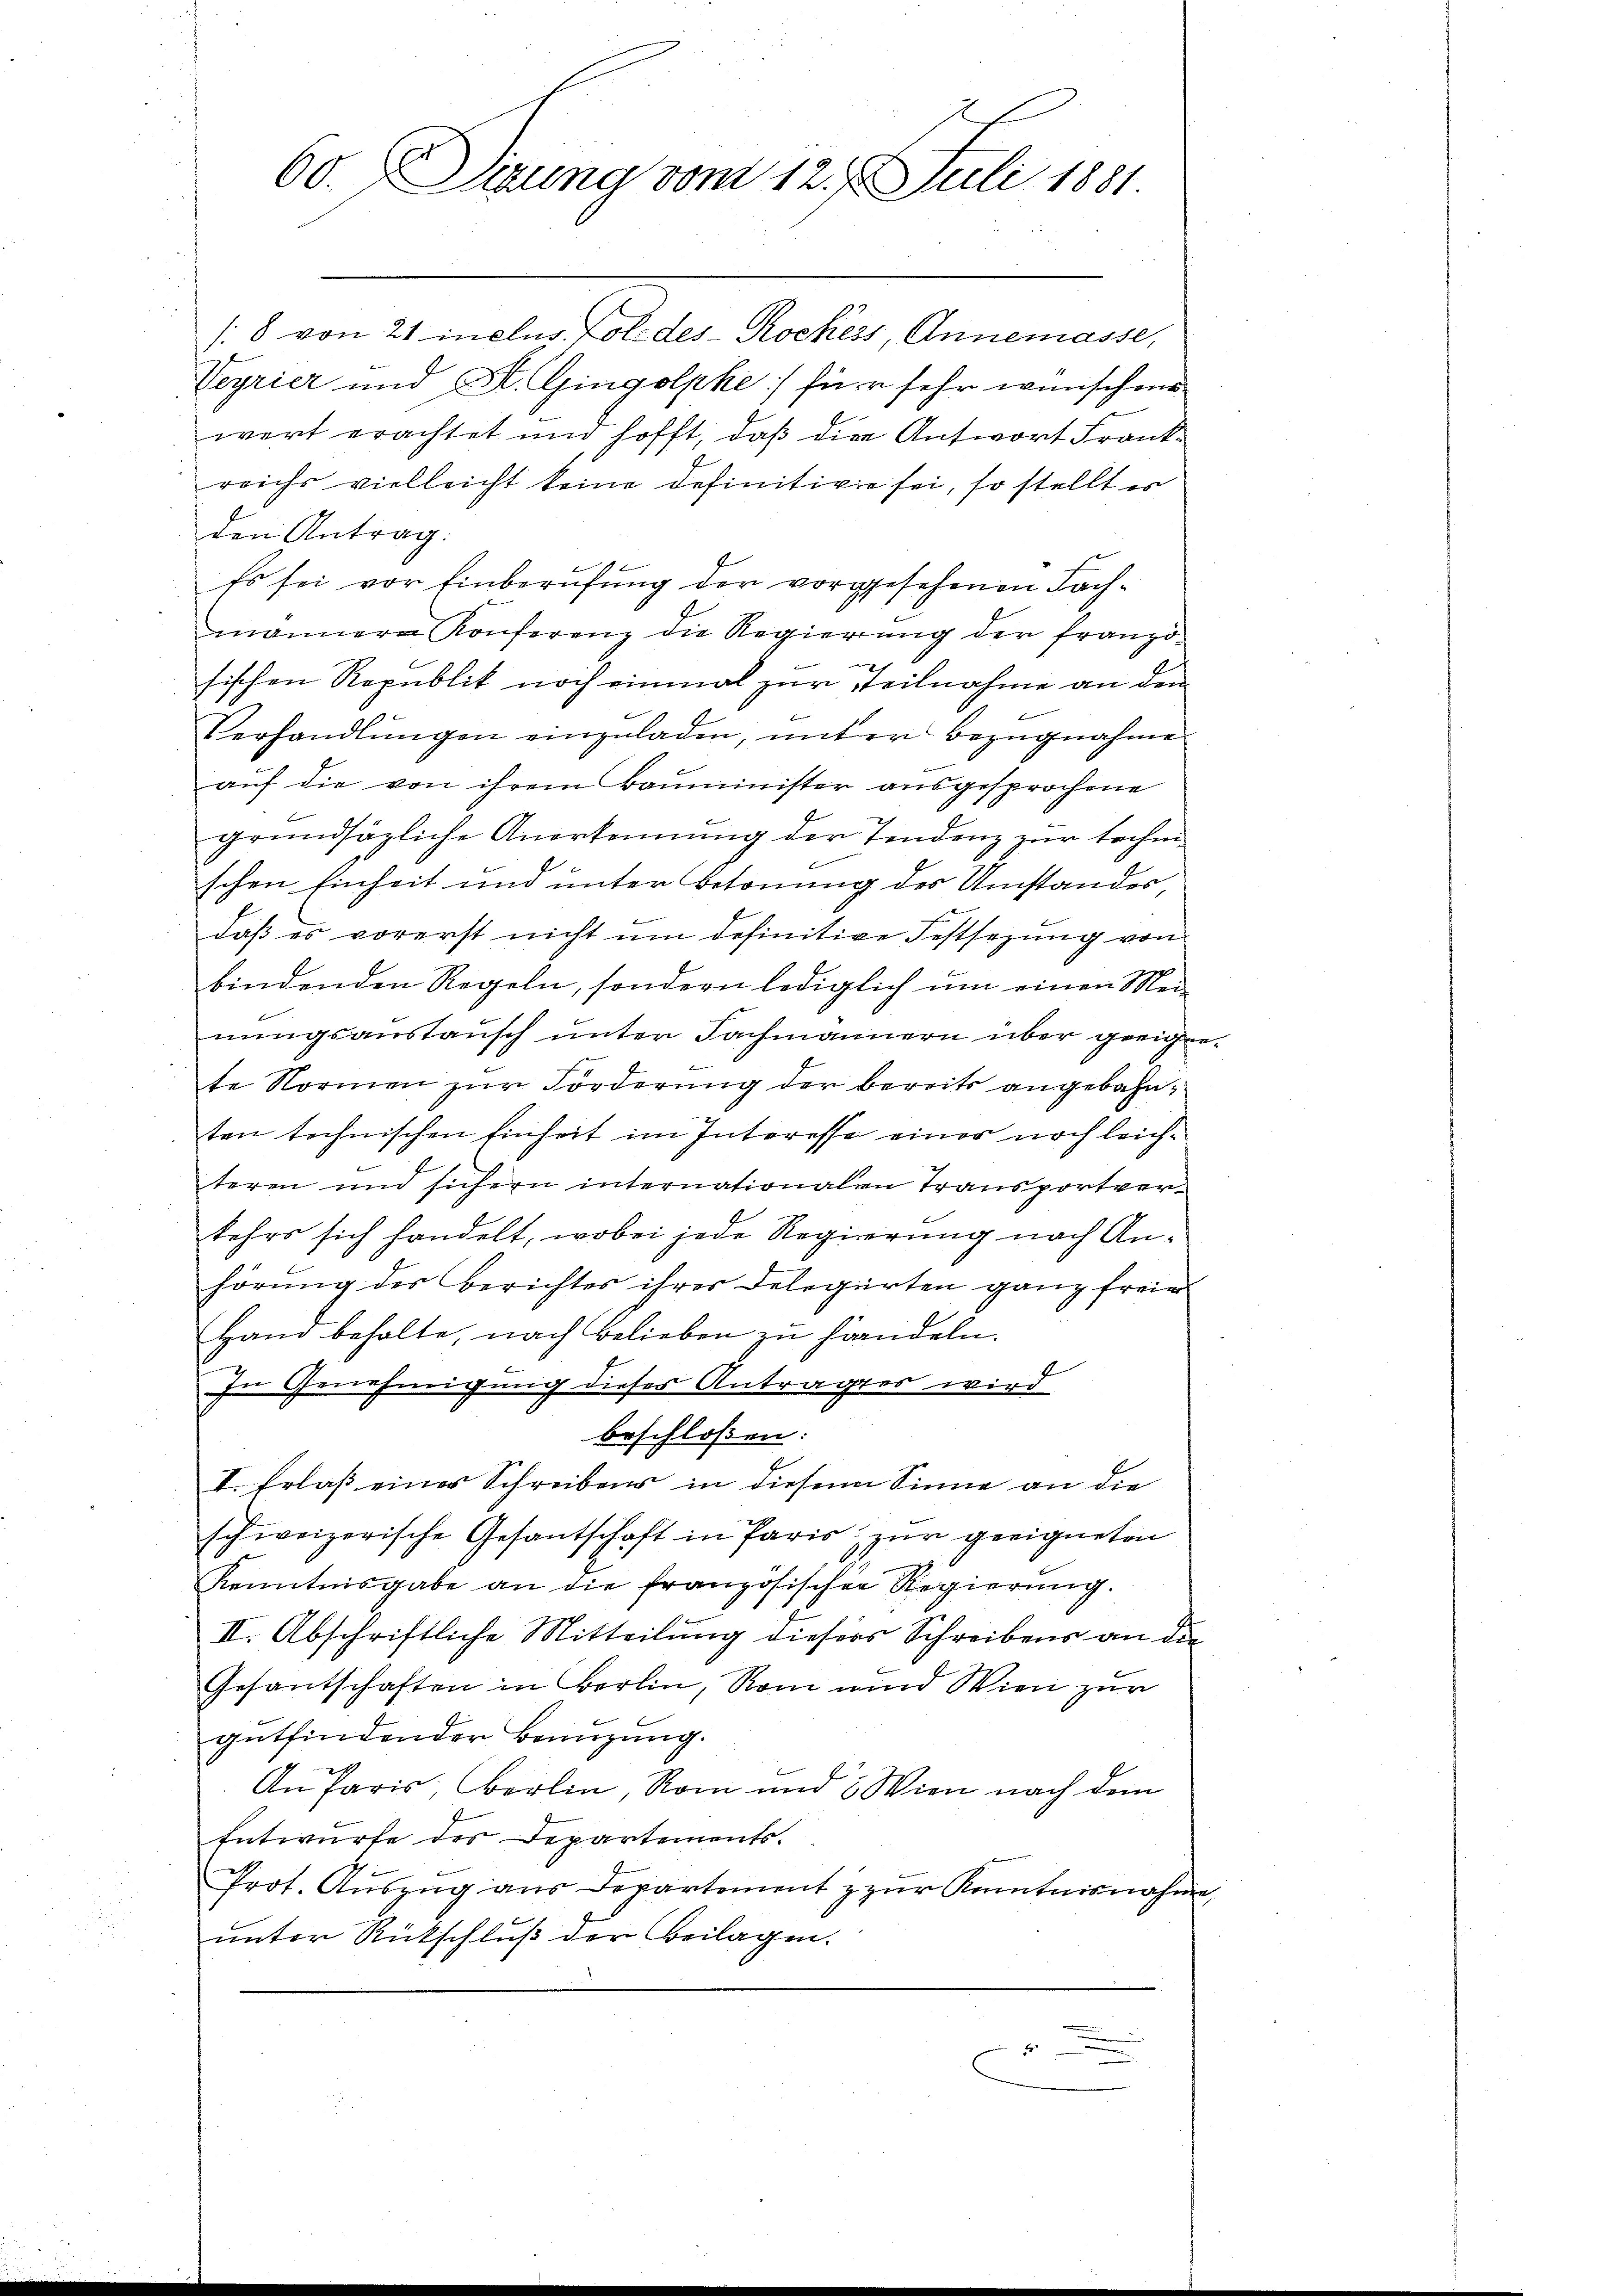
60. Sitzung vom 12. Juli 1881

/8 von 21 inclus. Foli des Rockes Annemasse,
Veyrier und St. Gingolpke] für sehr wünschen
wert erachtet und hofft, daß die Antwort Frankreichs vielleicht keine definitive sei, so stellt er
den Antrag:
Es sei vor Einberufung der vorgesehenen Fachmännere Konferenz die Regierung der franzö-
sischen Republik noch einmal zur Teilnahme an den
Verhandlŭngen einzuladen, unter Bezugnahme
auf die von ihrem Bauminister ausgesprochene
grundsäzliche Anerkennung der Tendenz zur technischen Einheit und unter Betonung des Umstandes
|
daβ es vorerst nicht ŭm definitive Festsezung von
bindenden Regeln, sondern lediglich um einen Meinŭngsanstansch unter Fachmännern über geeignete Normen zur Forderung der bereits angebahnten technischen Einheit im Interesse einer noch leichteren und sichern internationalen Transportverkehrs sich handelt, wobei jede Regierung nach Anhörung der Berichtes ihres Delegirten ganz freie
Hand behalte, nach Belieben zu handeln.
In Genehmigung dieses Antragtes wird
beschloßen:
I. Erlaß eines Schreibens in diesem Sinne an die
schweizerische Gesantschaft in Paris zur geeigneten
Kenntnisgabe an die französischen Regierŭng.
II. Abschriftliche Mitteilung diesers Schreibens an die
Gesantschaften in Berlin, Rom und Wien zur
gutfindender Benüzung.
An Paris, Berlin, Rom und 2 Wien nach dem
Entwurfe des Departements.
Prot. Aŭszŭg aŭs Departement z zur Kenntnisnahme,
unter Rückschluß der Beilagen.